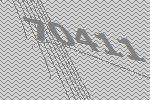
70411